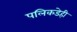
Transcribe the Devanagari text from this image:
पलिकडेही